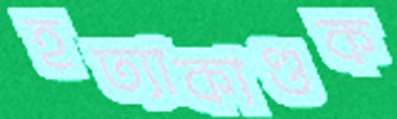
হত্যাকাণ্ডক